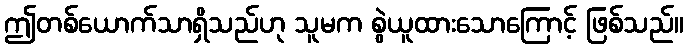
ဤတစ်ယောက်သာရှိသည်ဟု သူမက စွဲယူထားသောကြောင့် ဖြစ်သည်။